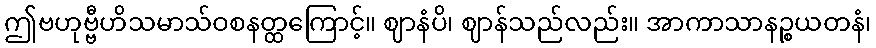
ဤဗဟုဗ္ဗီဟိသမာသ်ဝစနတ္ထကြောင့်။ ဈာနံပိ၊ ဈာန်သည်လည်း။ အာကာသာနဉ္စယတနံ၊